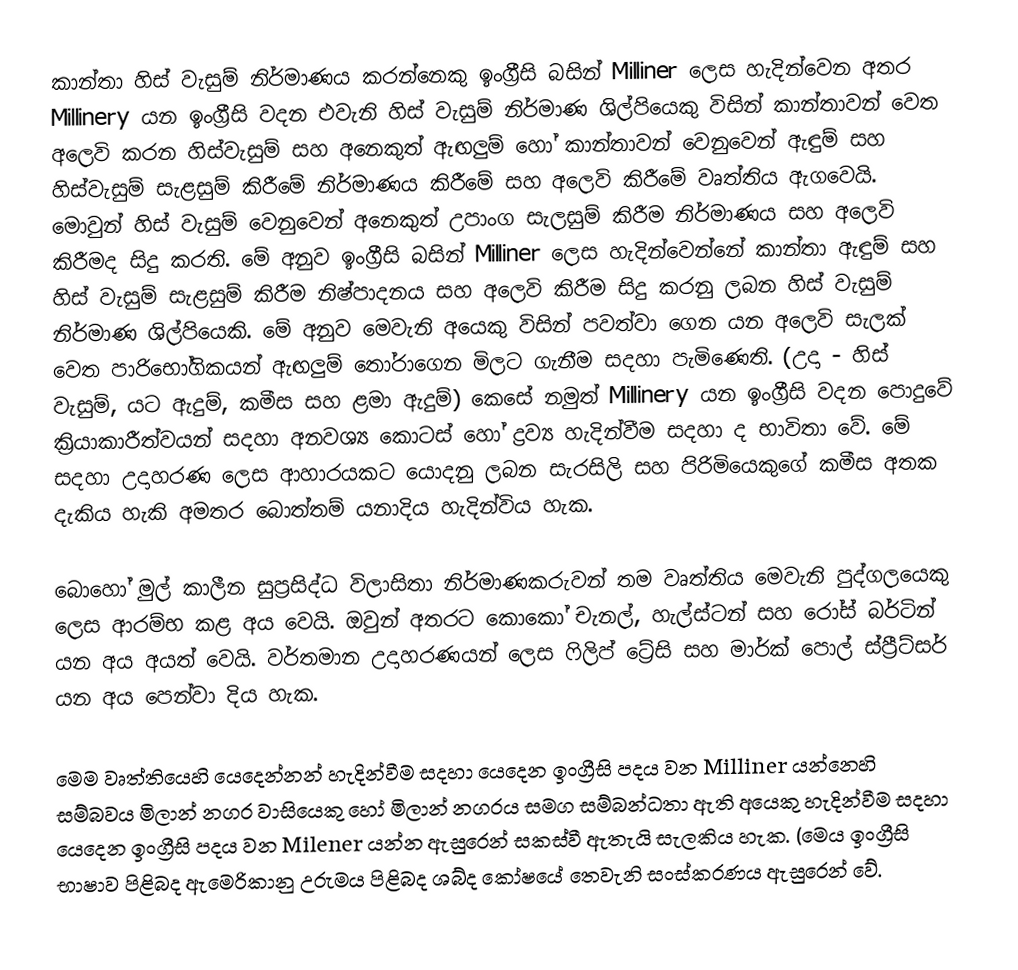
කාන්තා හිස් වැසුම්  නිර්මාණය කරන්නෙකු ඉංග්‍රීසි බසින් Milliner ලෙස හැදින්වෙන අතර Millinery යන ඉංග්‍රීසි වදන එවැනි හිස් වැසුම්  නිර්මාණ ශිල්පියෙකු විසින් කාන්තාවන් වෙත අලෙවි කරන හිස්වැසුම් සහ අනෙකුත් ඇඟලුම් හෝ කාන්තාවන් වෙනුවෙන් ඇඳුම් සහ හිස්වැසුම් සැළසුම් කිරීමේ නිර්මාණය කිරීමේ සහ අලෙවි කිරීමේ වෘත්තිය ඇගවෙයි. මොවුන් හිස් වැසුම් වෙනුවෙන් අනෙකුත් උපාංග සැලසුම් කිරීම නිර්මාණය සහ අලෙවි කිරීමද සිදු කරති. මේ අනුව ඉංග්‍රීසි බසින් Milliner ලෙස හැදින්වෙන්නේ කාන්තා ඇඳුම් සහ හිස් වැසුම් සැළසුම් කිරීම නිෂ්පාදනය සහ අලෙවි කිරීම සිදු කරනු ලබන හිස් වැසුම් නිර්මාණ ශිල්පියෙකි. මේ අනුව මෙවැනි අයෙකු විසින් පවත්වා ගෙන යන අලෙවි සැලක් වෙත පාරිභෝගිකයන් ඇඟලුම් තෝරාගෙන මිලට ගැනීම සදහා පැමිණෙති. (උදා - හිස් වැසුම්, යට ඇදුම්, කමීස සහ ළමා ඇදුම්) කෙසේ නමුත් Millinery යන ඉංග්‍රීසි වදන පොදුවේ ක්‍රියාකාරීත්වයන් සදහා අනවශ්‍ය කොටස් හෝ ද්‍රව්‍ය හැදින්වීම සදහා ද භාවිතා වේ. මේ සදහා උදාහරණ ලෙස ආහාරයකට යොදනු ලබන සැරසිලි සහ පිරිමියෙකුගේ කමීස අතක දැකිය හැකි අමතර බොත්තම් යනාදිය හැදින්විය හැක.

බොහෝ මුල් කාලීන සුප්‍රසිද්ධ විලාසිතා නිර්මාණකරුවන් තම වෘත්තිය මෙවැනි පුද්ගලයෙකු ලෙස ආරම්භ කළ අය වෙයි. ඔවුන් අතරට කොකෝ චැනල්, හැල්ස්ටන් සහ රෝස් බර්ටින් යන අය අයත් වෙයි. වර්තමාන උදාහරණයන් ලෙස ෆිලිප් ට්‍රේසි සහ මාර්ක් පොල් ස්ප්‍රීට්සර් යන අය පෙන්වා දිය හැක.

මෙම වෘත්තියෙහි යෙදෙන්නන් හැදින්වීම සදහා යෙදෙන ඉංග්‍රීසි පදය වන Milliner යන්නෙහි සම්බවය මිලාන් නගර වාසියෙකු හෝ මිලාන් නගරය සමග සම්බන්ධතා ඇති අයෙකු හැදින්වීම සදහා යෙදෙන ඉංග්‍රීසි පදය වන Milener යන්න ඇසුරෙන් සකස්වී ඇතැයි  සැලකිය හැක. (මෙය ඉංග්‍රීසි භාෂාව පිළිබද ඇමෙරිකානු උරුමය පිළිබද ශබ්ද කෝෂයේ තෙවැනි සංස්කරණය ඇසුරෙන් වේ.